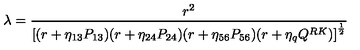
{ \lambda = { \frac { r ^ { 2 } } { \left[ ( r + \eta _ { 1 3 } P _ { 1 3 } ) ( r + \eta _ { 2 4 } P _ { 2 4 } ) ( r + \eta _ { 5 6 } P _ { 5 6 } ) ( r + \eta _ { q } Q ^ { R K } ) \right] ^ { \frac { 1 } { 2 } } } } }